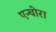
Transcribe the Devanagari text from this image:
एन्चोरा